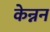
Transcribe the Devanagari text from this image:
केन्नन